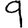
Digit: 9